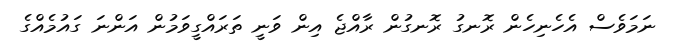
ނަމަވެސް އެހެނިހެން ރޮނގު ރޮނގުން ރާއްޖެ އިން ވަނީ ތަރައްގީވަމުން އަންނަ ގައުމެއްގެ